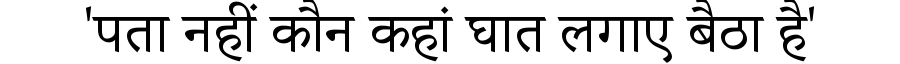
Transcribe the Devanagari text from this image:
'पता नहीं कौन कहां घात लगाए बैठा है'